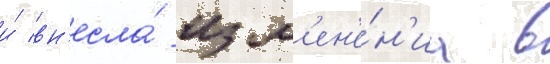
и́ вн'есла́ изм'ен'е́н'иа в